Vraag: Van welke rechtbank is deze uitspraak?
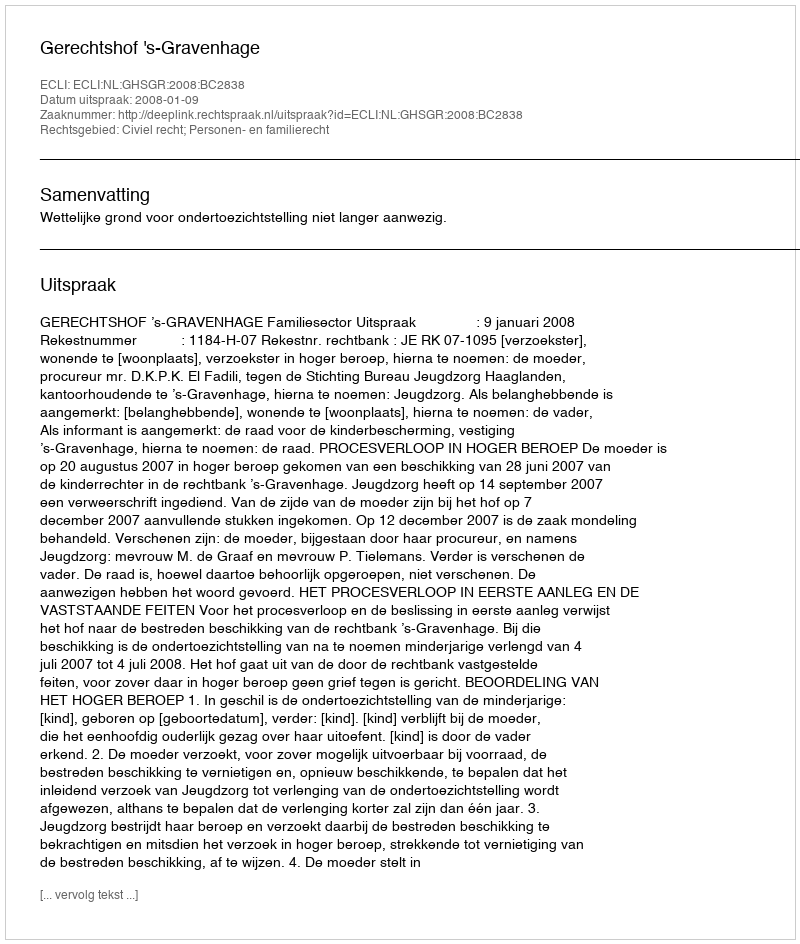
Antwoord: Gerechtshof 's-Gravenhage